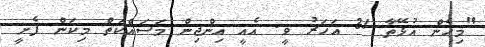
"މިހެން އުޅޭތާ 31 އަހަރު ވީ. އެއީ އިންޖިން މަސައްކަތް މިކަން ފެށީ